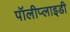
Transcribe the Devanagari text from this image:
पॉलीप्लाइडी